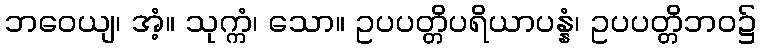
ဘဝေယျ၊ အံ့။ သုက္ကံ၊ သော။ ဥပပတ္တိပရိယာပန္နံ၊ ဥပပတ္တိဘဝ၌